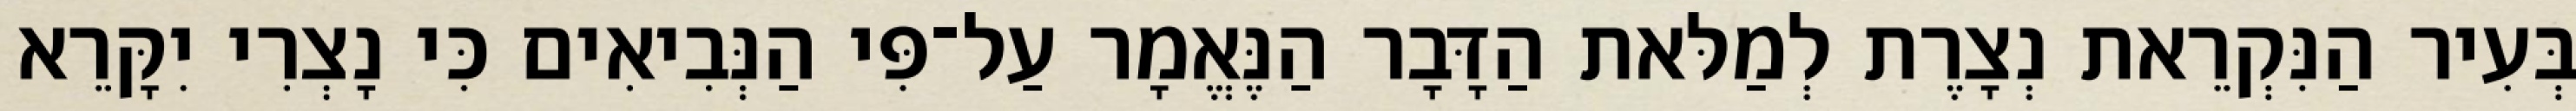
בְּעִיר הַנִּקְרֵאת נְצָרֶת לְמַלּאת הַדָּבָר הַנֶּאֱמָר עַל־פִּי הַנְּבִיאִים כִּי נָצְרִי יִקָּרֵא